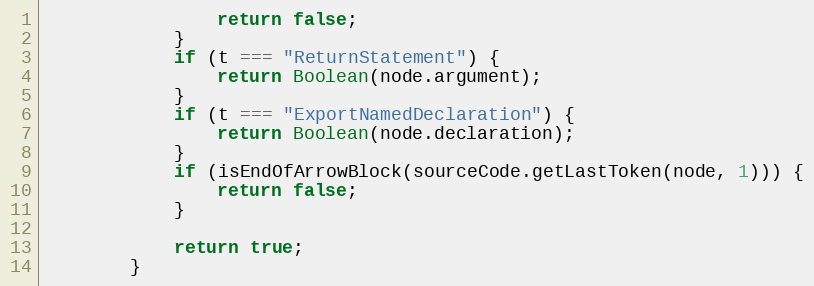
Language: JavaScript
                return false;
            }
            if (t === "ReturnStatement") {
                return Boolean(node.argument);
            }
            if (t === "ExportNamedDeclaration") {
                return Boolean(node.declaration);
            }
            if (isEndOfArrowBlock(sourceCode.getLastToken(node, 1))) {
                return false;
            }

            return true;
        }